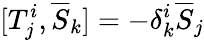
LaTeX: [T_{j}^{i},{\overline{{S}}}_{k}]=-\delta_{k}^{i}{\overline{{S}}}_{j}